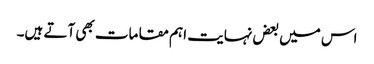
اس میں بعض نہایت اہم مقامات بھی آتے ہیں۔